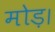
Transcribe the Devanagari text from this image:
मोड़।